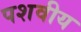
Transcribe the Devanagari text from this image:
पशवीय